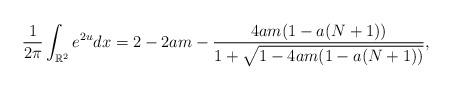
LaTeX: \begin{align*}\frac{1}{2\pi}\int_{\mathbb{R}^2} e^{2u} dx=2-2am-\frac{4am(1-a(N+1))}{1+\sqrt{1-4am(1-a(N+1))}},\end{align*}